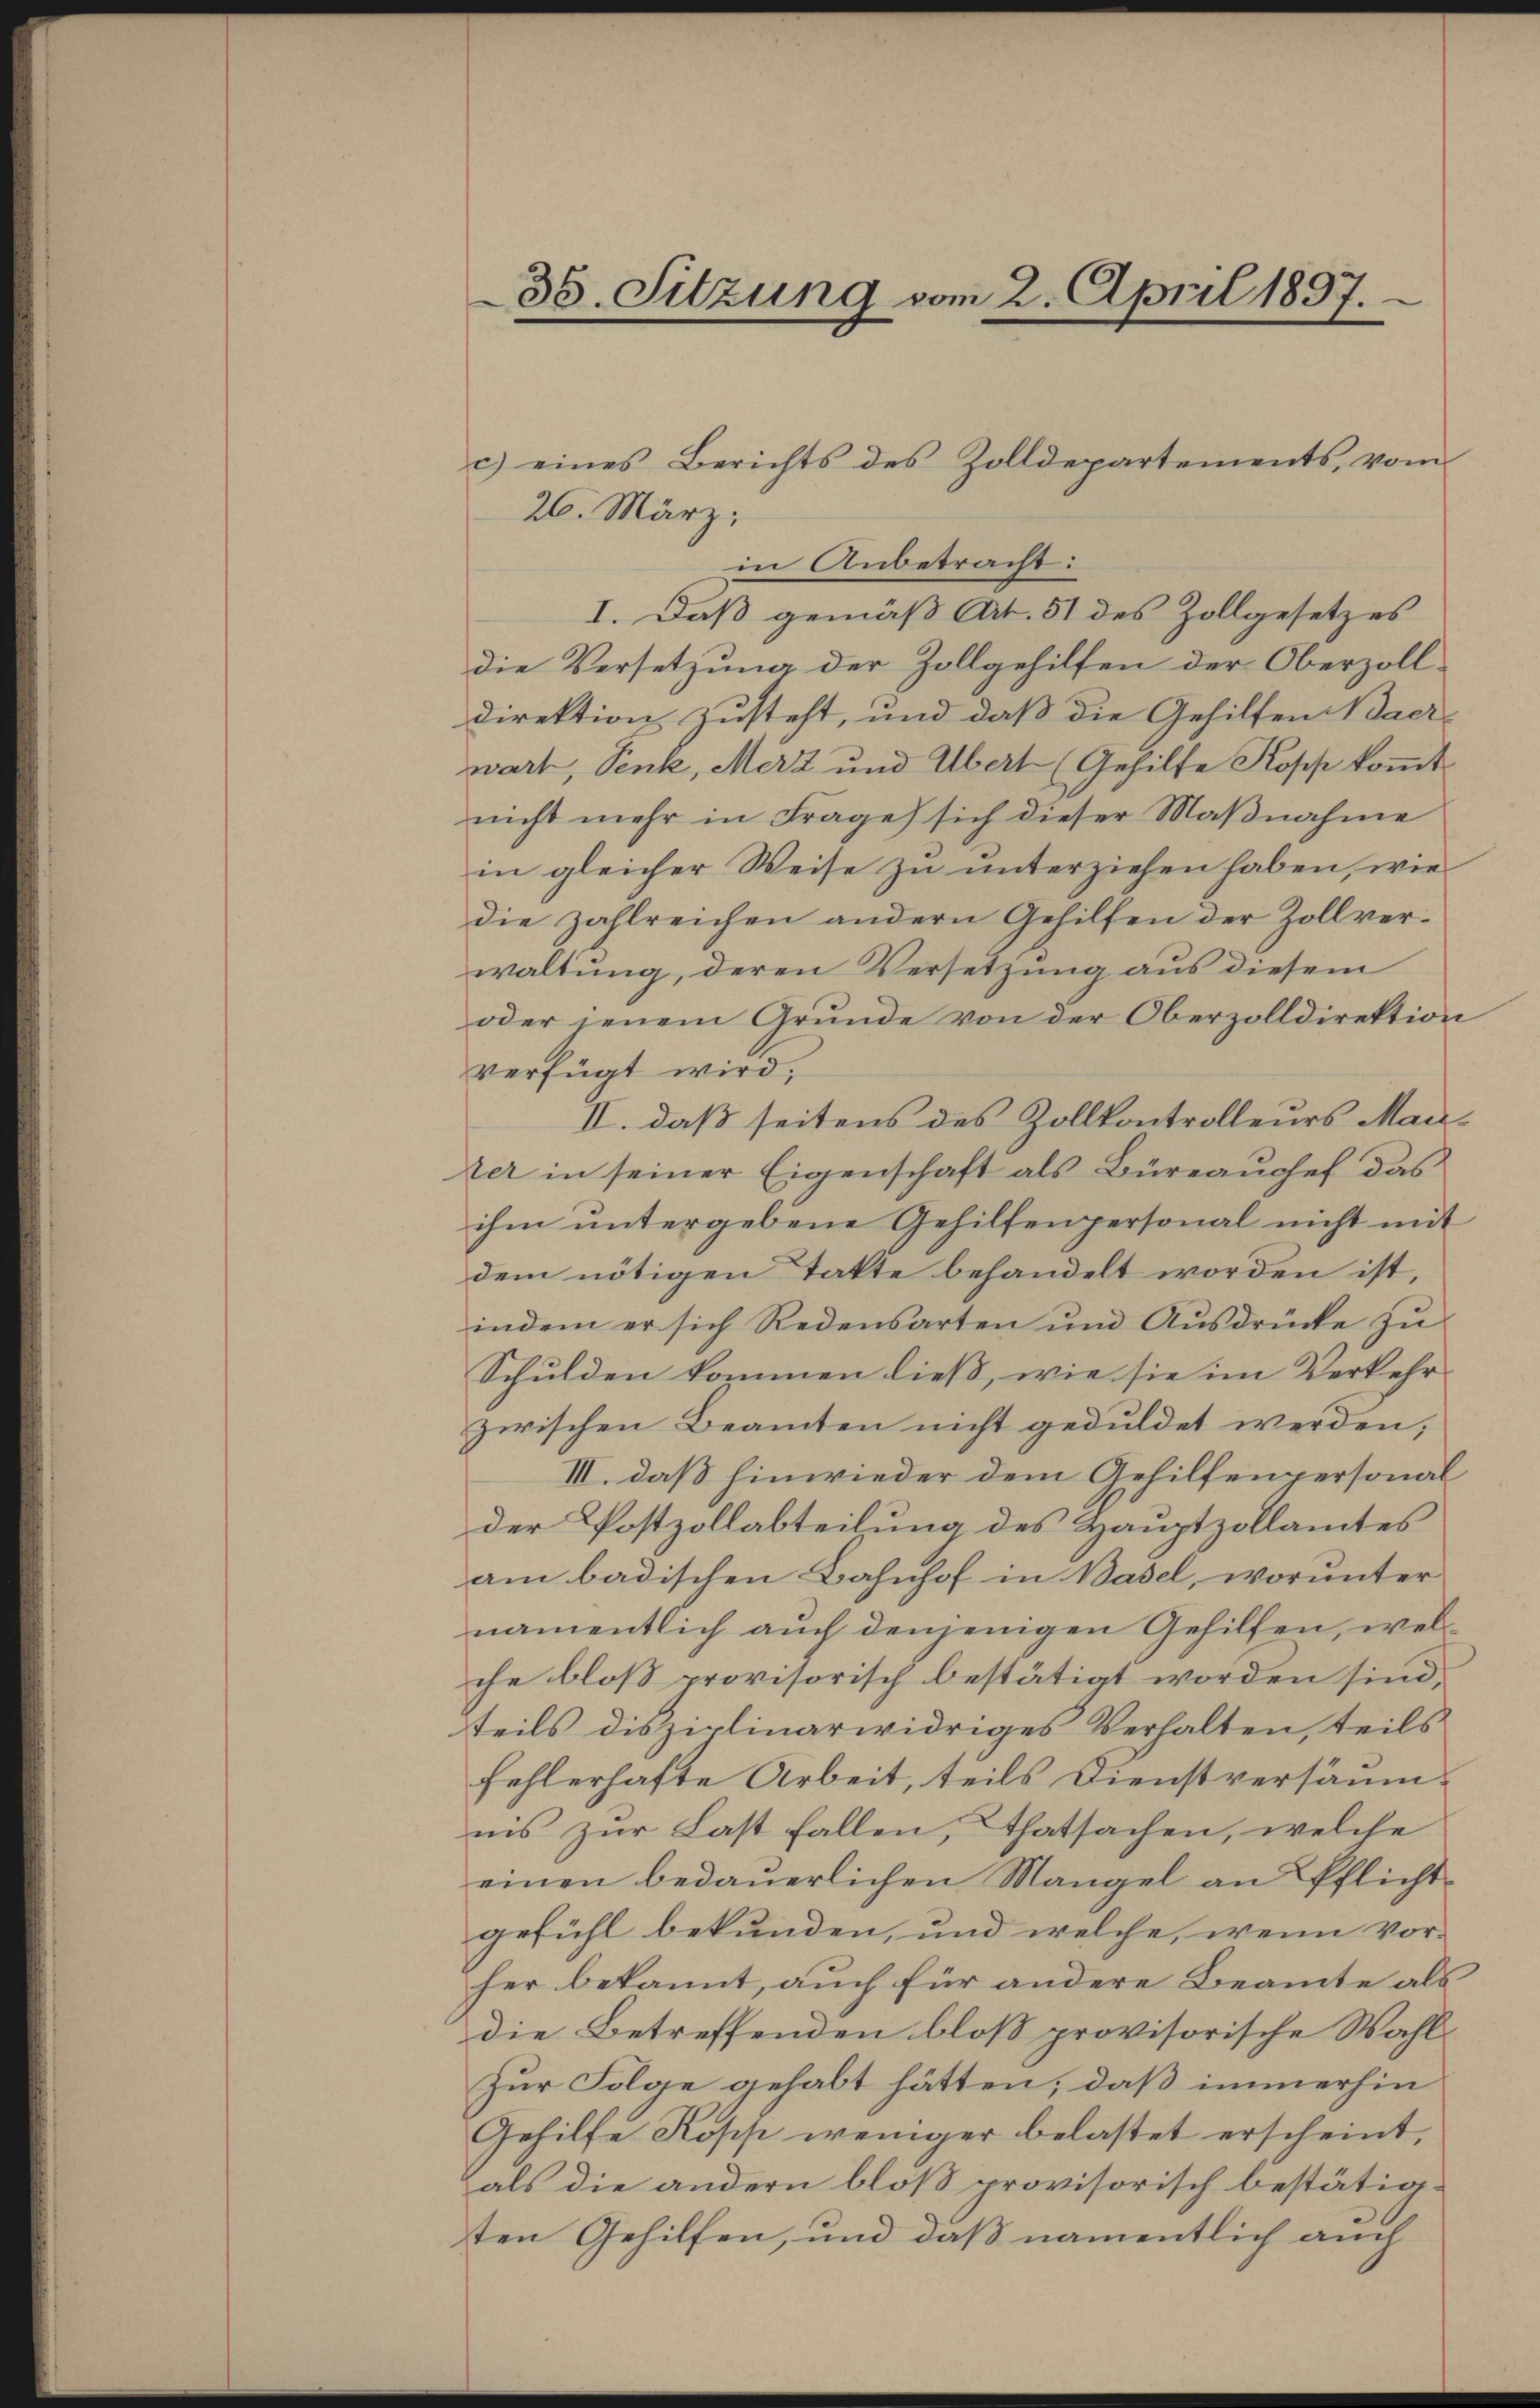
35. Sitzung vom 2. April 1897.

26. März,
in Anbetracht:
I. Daß gemäß Art. 51 des Zollgesetzes
die Versetzung der Zollgehilfen der Oberzolldirektion zusteht, und daß die Gehilfen Baer
wart, Senk, Merz und Übert (Gehilfe Kopp kommt
nicht mehr in Frage sich dieser Maßnahme
in gleicher Weise zu unterziehen haben, wie
die zahlreichen andern Gehilfen der Zollverwaltung, deren Versetzung aus diesem
oder jenem Grunde von der Oberzolldirektion
verfügt wird.
II. daß seitens des Zollkontrolleurs Manter in seiner Eigenschaft als Büreauschef das
ihm untergebene Gehilfenpersonal nicht mit
dem nötigen Takte behandelt worden ist,
indem er sich Redensarten und Aŭsdrücke zŭ
Schulden kommen dieß, wie sie im Verkehr
zwischen Beamten nicht geduldet werden,
III. daß hinwieder dem Gehilfenpersonal
der Postzollabteilung des Hauptzollamtes
am badischen Bahnhof in Basel, worunter
namentlich auch denjenigen Gehilfen, welche bloß provisorisch bestätigt worden sind,
teils disziplinarwidriges Verhalten, teils
fehlerhafte Arbeit, teils Dienstversäumnis zur Last fallen, Thatsachen, welche
einen bedauerlichen Mangel an Pflichtgefühl bekunden, und welche, wenn vor-
her bekannt, auch für andere Beamte als
die Betreffenden bloß provisorische Wahl¬
Zur Folge gehabt hätten, daß immerhin
Gehilfe Kopp weniger belastet erscheint,
als die andern bloß provisorisch bestätig-
ten Gehilfen, und daß namentlich auch

c) eines Berichts des Zolldepartements, vom